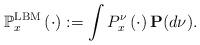
LaTeX: \begin{align*}\mathbb{P}^{\rm LBM}_x\left(\cdot\right):=\int P_x^\nu\left(\cdot\right)\mathbf{P}(d\nu).\end{align*}